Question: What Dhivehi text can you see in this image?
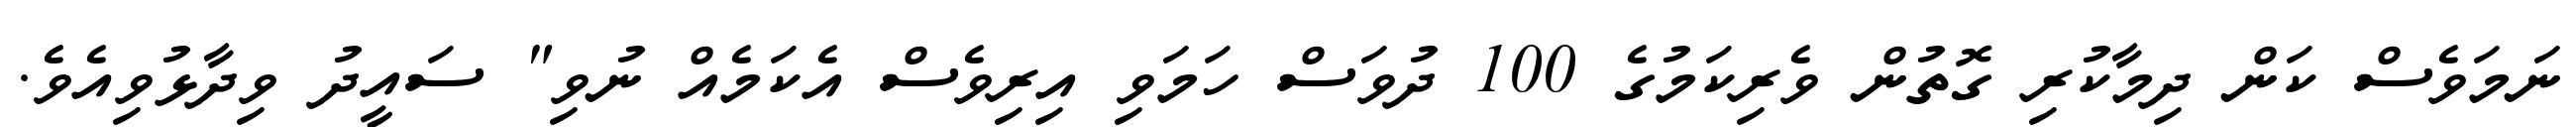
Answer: ނަމަވެސް ކަން ދިމާކުރި ގޮތުން ވެރިކަމުގެ 100 ދުވަސް ހަމަވި އިރިވެސް އެކަމެއް ނުވި" ސައީދު ވިދާޅުވިއެވެ.